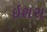
ઇશરા